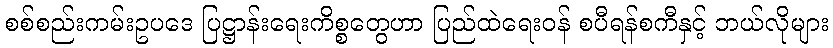
စစ်စည်းကမ်းဥပဒေ ပြဋ္ဌာန်းရေးကိစ္စတွေဟာ ပြည်ထဲရေးဝန် စပီရန်စကီနှင့် ဘယ်လိုများ